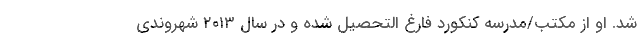
شد. او از مکتب/مدرسه کنکورد فارغ التحصیل شده و در سال ۲۰۱۳ شهروندی